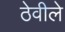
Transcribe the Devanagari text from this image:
ठेवीले